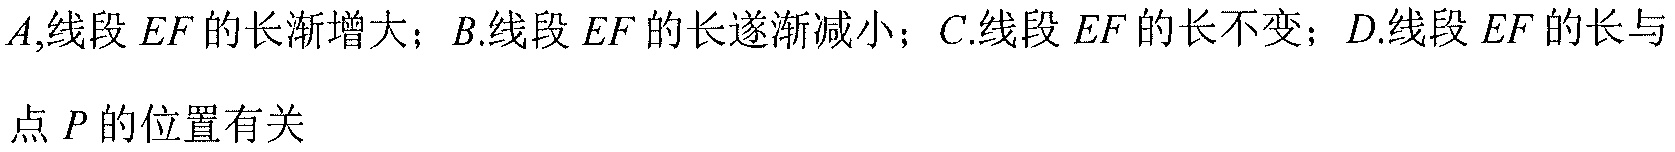
\(A\),线段 \(EF\) 的长渐增大；\(B\).线段 \(EF\) 的长遂渐减小；\(C\).线段 \(EF\) 的长不变；\(D\).线段 \(EF\) 的长与
点 \(P\) 的位置有关